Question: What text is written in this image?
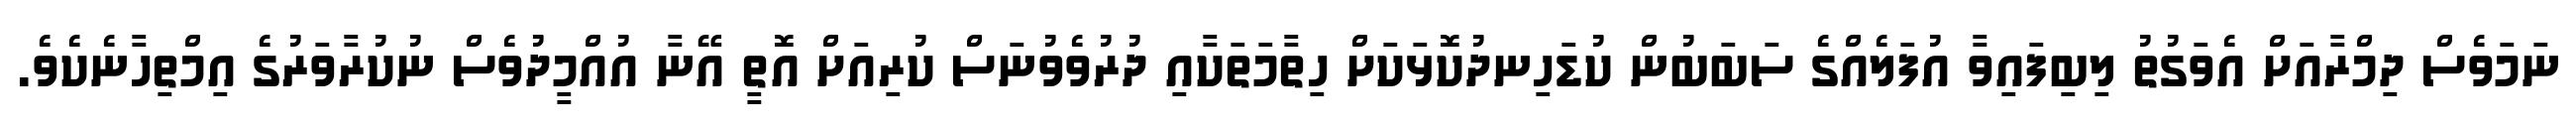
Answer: ނަމަވެސް ދިމްރާއަށް އެވަގުތު ލިބިފައިވާ އުފަލެއްގެ ސަބަބުން ކުޑަހިނދުކޮޅަކަށް ހިތާމަތަކާއި ދުރުވެވުނަސް ކުރިއަށް އޮތީ އޭނާ އުއްމީދުވެސް ނުކުރާވަރުގެ އިމްތިހާނެކެވެ.